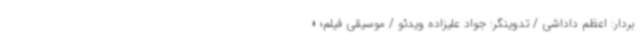
بردار: اعظم داداشی / تدوینگر: جواد علیزاده ویدئو / موسیقی فیلم؛ «